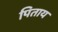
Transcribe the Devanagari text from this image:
पिताय